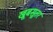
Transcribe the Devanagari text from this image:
खूबसूतर